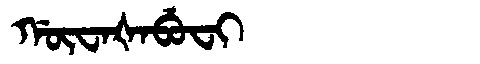
Manchu: ᡤᡡᠸᠠᡧᠠᠪᡠᠸᡳ
Romanization: GŪWAŠABUFI